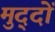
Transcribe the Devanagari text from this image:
मुद्‍दों